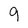
Character: 9